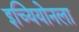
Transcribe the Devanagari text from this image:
इच्यियोनला